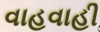
વાહવાહી